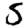
Digit: 5